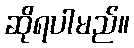
ဆိုရပါမည်။